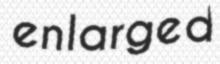
enlarged